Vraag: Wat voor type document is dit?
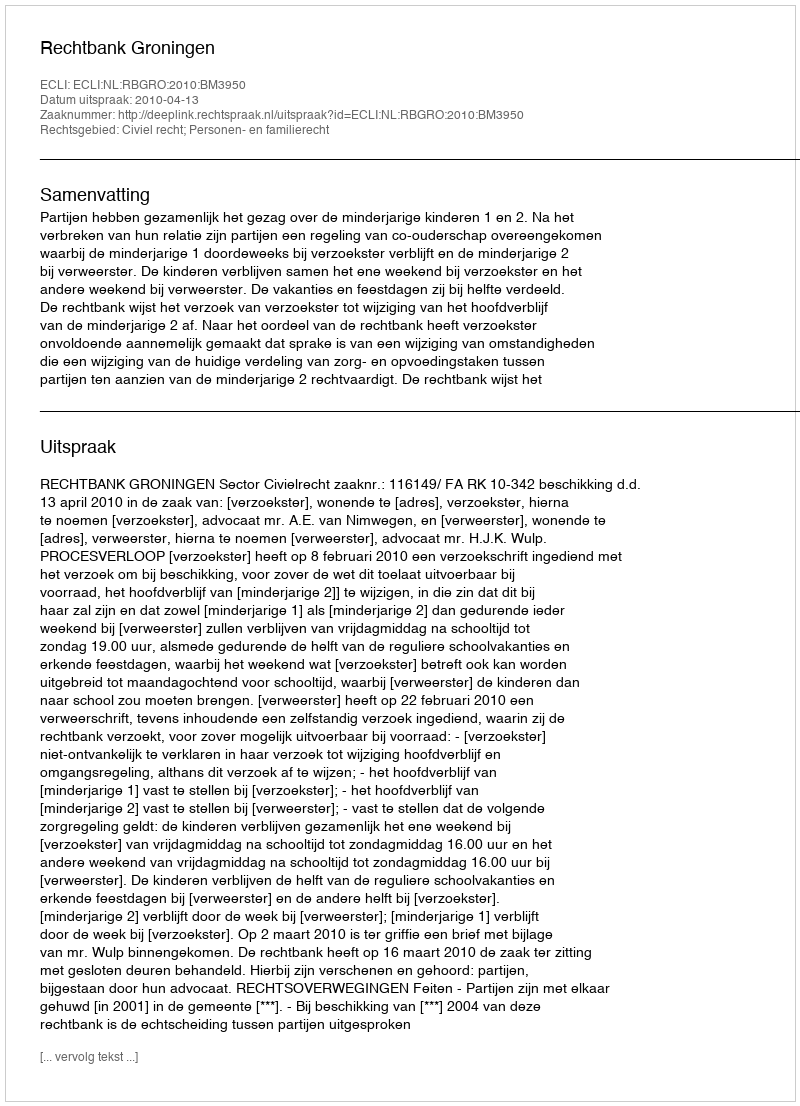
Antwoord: Uitspraak